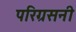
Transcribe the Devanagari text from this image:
परिग्रसनी